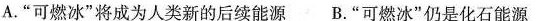
A.”可燃冰”将成为人类新的后续能源 B.”可燃冰”仍是化石能源